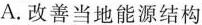
A.改善当地能源结构